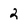
Character: 2